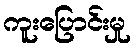
ကူးပြောင်းမှု